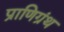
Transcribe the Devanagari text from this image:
प्राणिग्रंथ